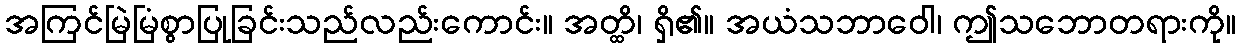
အကြင်မြဲမြံစွာပြုခြင်းသည်လည်းကောင်း။ အတ္ထိ၊ ရှိ၏။ အယံသဘာဝေါ၊ ဤသဘောတရားကို။